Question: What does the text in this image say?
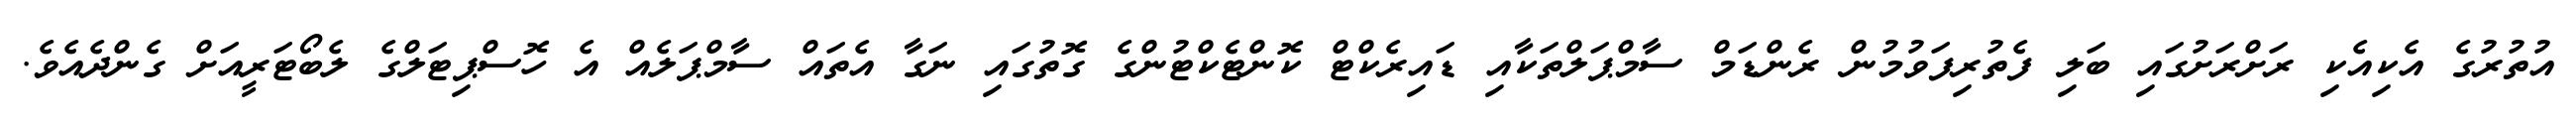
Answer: އުތުރުގެ އެކިއެކި ރަށްރަށުގައި ބަލި ފެތުރިފަވުމުން ރެންޑަމް ސާމްޕަލްތަކާއި ޑައިރެކްޓް ކޮންޓެކްޓުންގެ ގޮތުގައި ނަގާ އެތައް ސާމްޕަލެއް އެ ހޮސްޕިޓަލްގެ ލެބޯޓަރީއަށް ގެންދެއެވެ.